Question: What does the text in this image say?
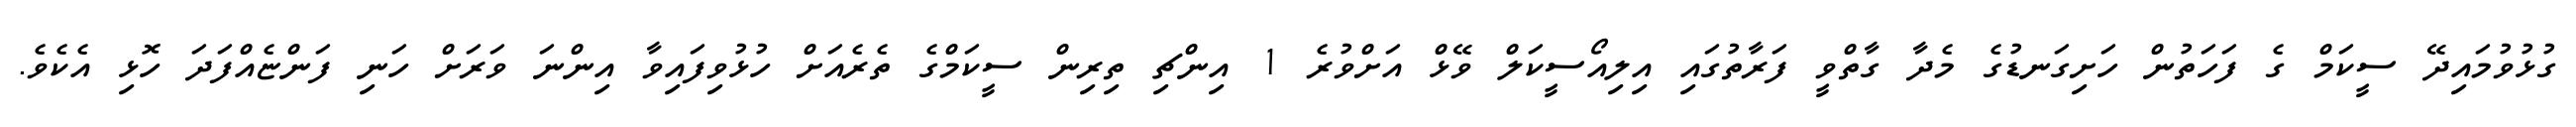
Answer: ގުޅުވުމައިދޭ ސީކަމް ގެ ފަހަތުން ހަށިގަނޑުގެ މެދާ ގާތްވީ ފަރާތުގައި އިލިއޯސީކަލް ވޭޅް އަށްވުރެ 1 އިންޗި ތިރިން ސީކަމްގެ ތެރެއަށް ހުޅުވިފައިވާ އިންނަ ވަރަށް ހަނި ފަންޏެއްފަދަ ހޮޅި އެކެވެ.